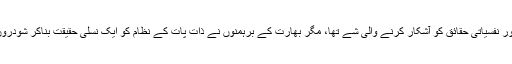
ہندو ازم میں ذاتوں کا سلسلہ روحانی اور نفسیاتی حقائق کو آشکار کرنے والی شے تھا، مگر بھارت کے برہمنوں نے ذات پات کے نظام کو ایک نسلی حقیقت بناکر شودروں اور دلتوں کی زندگی کو جہنم بنادیا۔